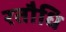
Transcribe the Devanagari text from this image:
रतौधि